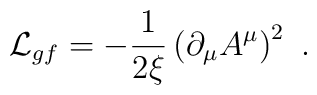
{\cal L}_{gf}=-\frac{1}{2\xi}\left(\partial_\mu A^\mu\right)^2\ .